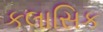
કલાસિક